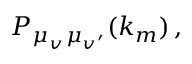
P _ { \mu _ { v ^ { \vphantom { \prime } } } \mu _ { v ^ { \prime } } } ( k _ { m } ) \, ,